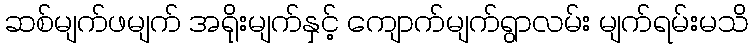
ဆစ်မျက်ဖမျက် အရိုးမျက်နှင့် ကျောက်မျက်ရွာလမ်း မျက်ရမ်းမသိ